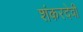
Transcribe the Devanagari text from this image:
शंकरदेवी